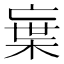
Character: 𭪭